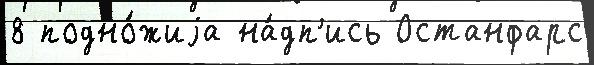
8 подно́жиjа на́дп'ись Останфарс